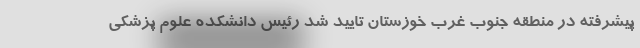
پیشرفته در منطقه جنوب غرب خوزستان تایید شد رئیس دانشکده علوم پزشکی